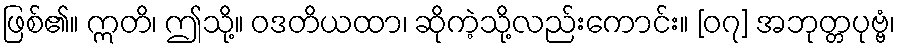
ဖြစ်၏။ ဣတိ၊ ဤသို့။ ဝဒတိယထာ၊ ဆိုကဲ့သို့လည်းကောင်း။ [၀၇] အဘုတ္တပုဗ္ဗံ၊